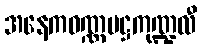
အနေကဝဏ္ဏမဋ္ဌကုဏ္ဍလီ